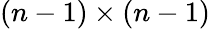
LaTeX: (n-1)\times(n-1)